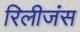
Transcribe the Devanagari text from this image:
रिलीजंस